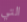
التي